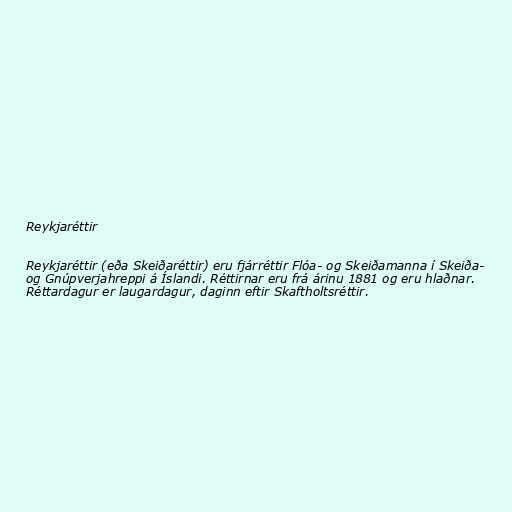
Reykjaréttir

Reykjaréttir (eða Skeiðaréttir) eru fjárréttir Flóa- og Skeiðamanna í Skeiða-
og Gnúpverjahreppi á Íslandi. Réttirnar eru frá árinu 1881 og eru hlaðnar.
Réttardagur er laugardagur, daginn eftir Skaftholtsréttir.